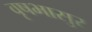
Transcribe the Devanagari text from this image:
वृषभासुर